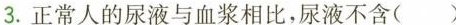
3.正常人的尿液与血浆相比，尿液不含()